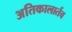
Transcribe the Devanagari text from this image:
अतिकालार्तव